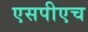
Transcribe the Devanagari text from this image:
एसपीएच